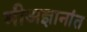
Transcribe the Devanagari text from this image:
मीअज्ञानांत